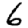
Digit: 6